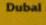
dubai